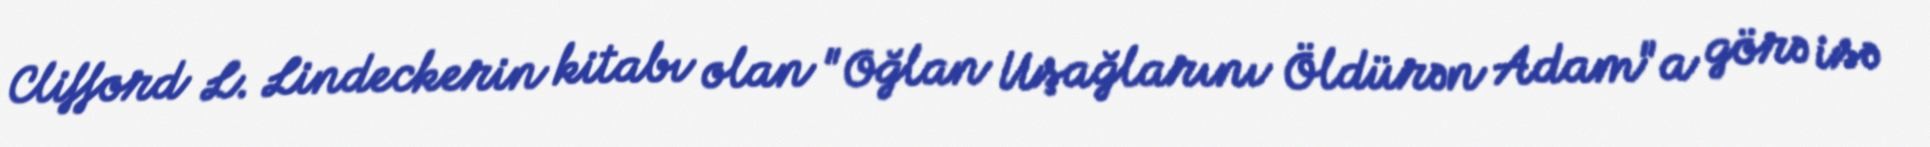
Clifford L. Lindeckerin kitabı olan "Oğlan Uşağlarını Öldürən Adam"a görə isə